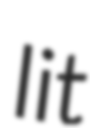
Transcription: lit